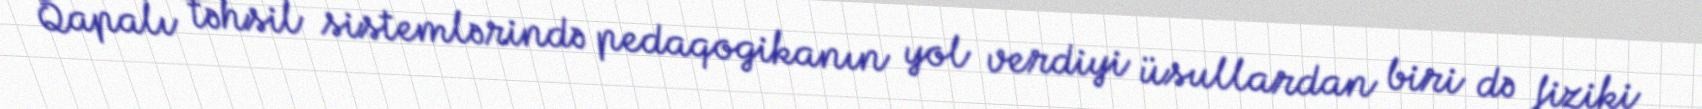
Qapalı təhsil sistemlərində pedaqogikanın yol verdiyi üsullardan biri də fiziki